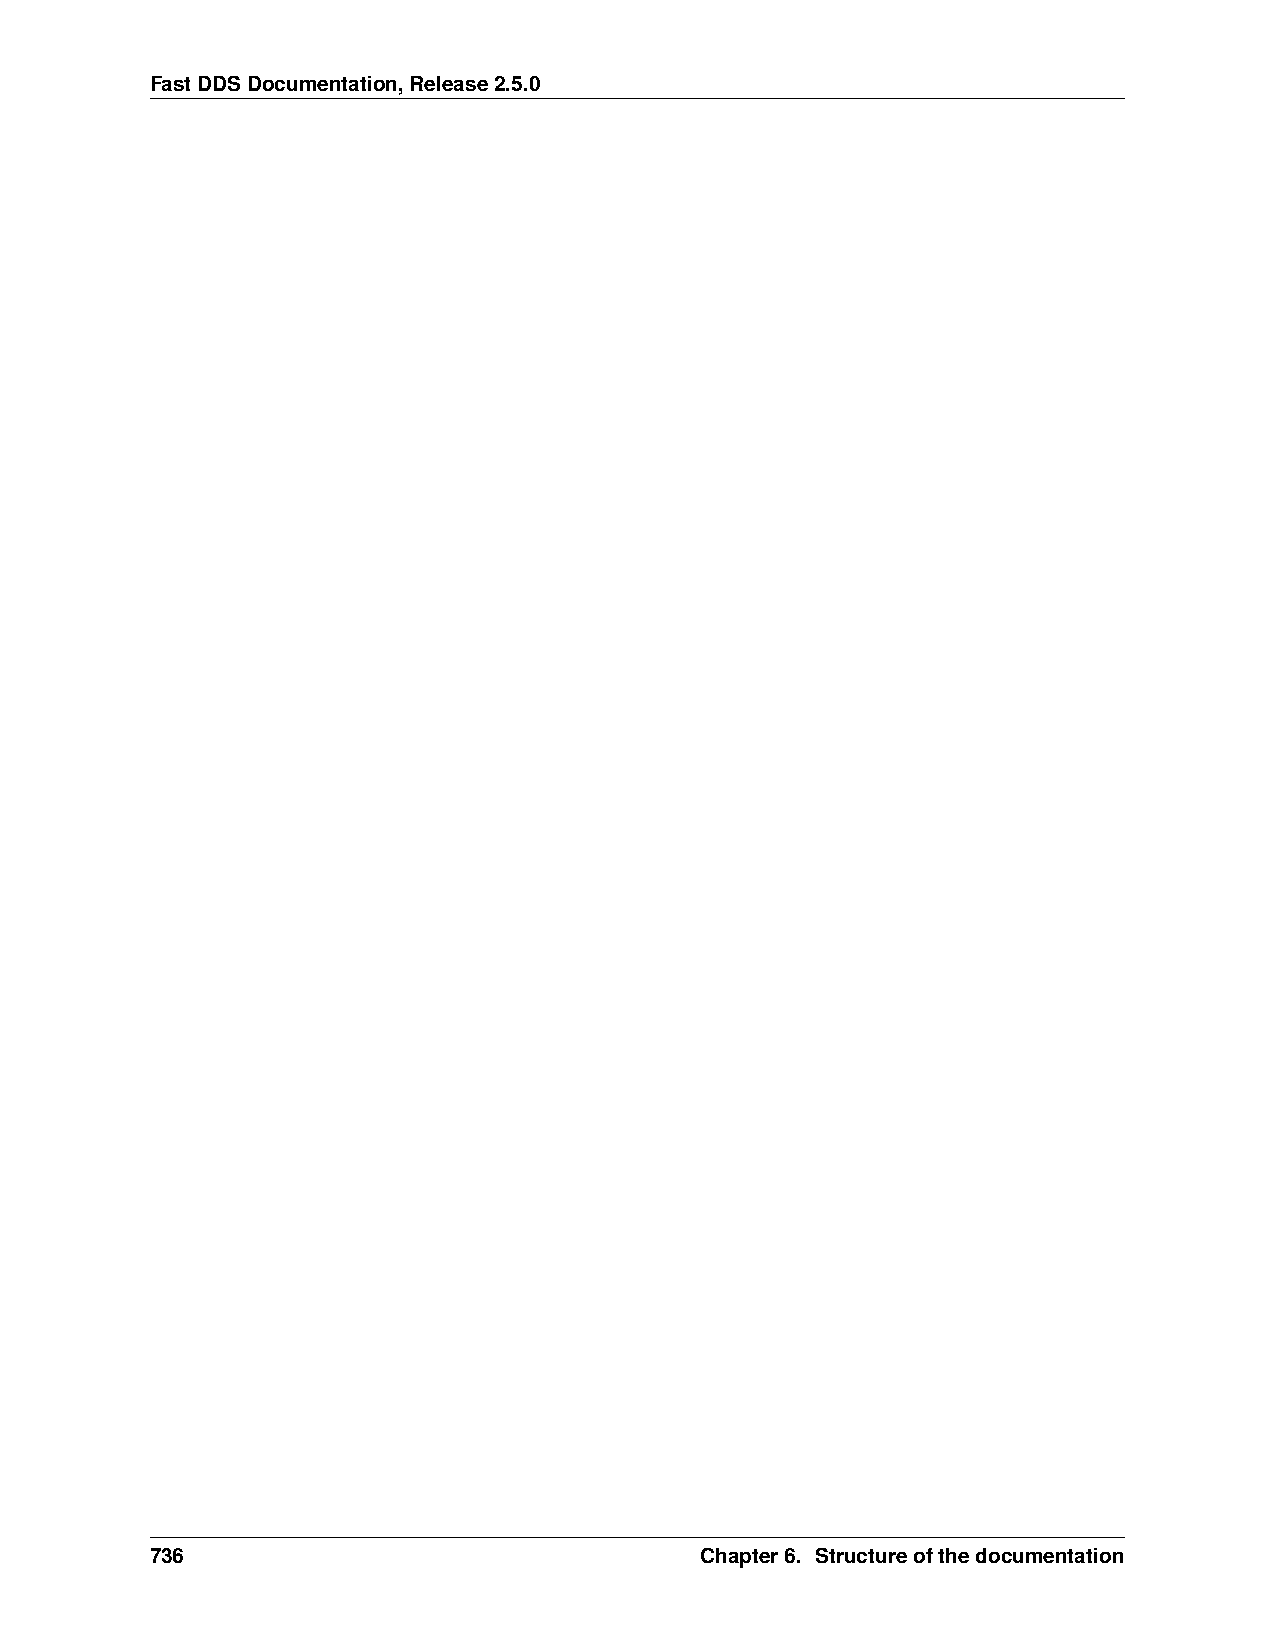
FastDDSDocumentation,Release2.5.0
 736                                 Chapter6. Structureofthedocumentation